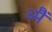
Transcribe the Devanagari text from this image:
व्मैं